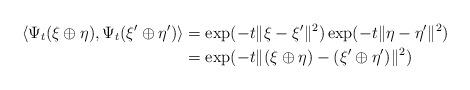
LaTeX: \begin{align*}\langle \Psi_t(\xi\oplus \eta), \Psi_t(\xi'\oplus\eta') \rangle & = \exp(-t \Vert \xi - \xi' \Vert^2) \exp(-t \Vert \eta - \eta' \Vert^2) & \\& = \exp(-t \Vert (\xi\oplus\eta) - (\xi'\oplus\eta') \Vert^2) &\end{align*}